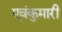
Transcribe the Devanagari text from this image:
एवंकुमारी